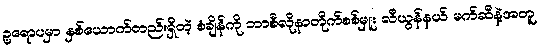
ဥရောပမှာ နှစ်ယောက်တည်းရှိတဲ့ စံချိန်ကို ဘာစီလိုနာတိုက်စစ်မှူး လီယွန်နယ် မက်ဆီနဲ့အတူ